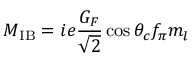
M _ { \mathrm { I B } } = i e \frac { G _ { F } } { \sqrt { 2 } } \cos \theta _ { c } f _ { \pi } m _ { l }